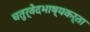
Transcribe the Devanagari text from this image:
चतुर्वेदभाष्यकर्ता